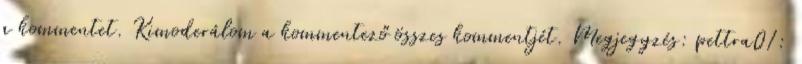
a kommentet. Kimoderálom a kommentező összes kommentjét. Megjegyzés: pettra01: